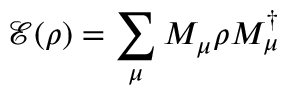
\mathcal { E } ( \rho ) = \sum _ { \mu } M _ { \mu } \rho M _ { \mu } ^ { \dagger }